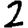
Digit: 2